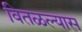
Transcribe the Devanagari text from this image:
वितळल्यास